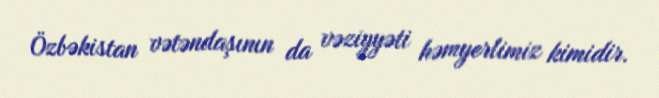
Özbəkistan vətəndaşının da vəziyyəti həmyerlimiz kimidir.